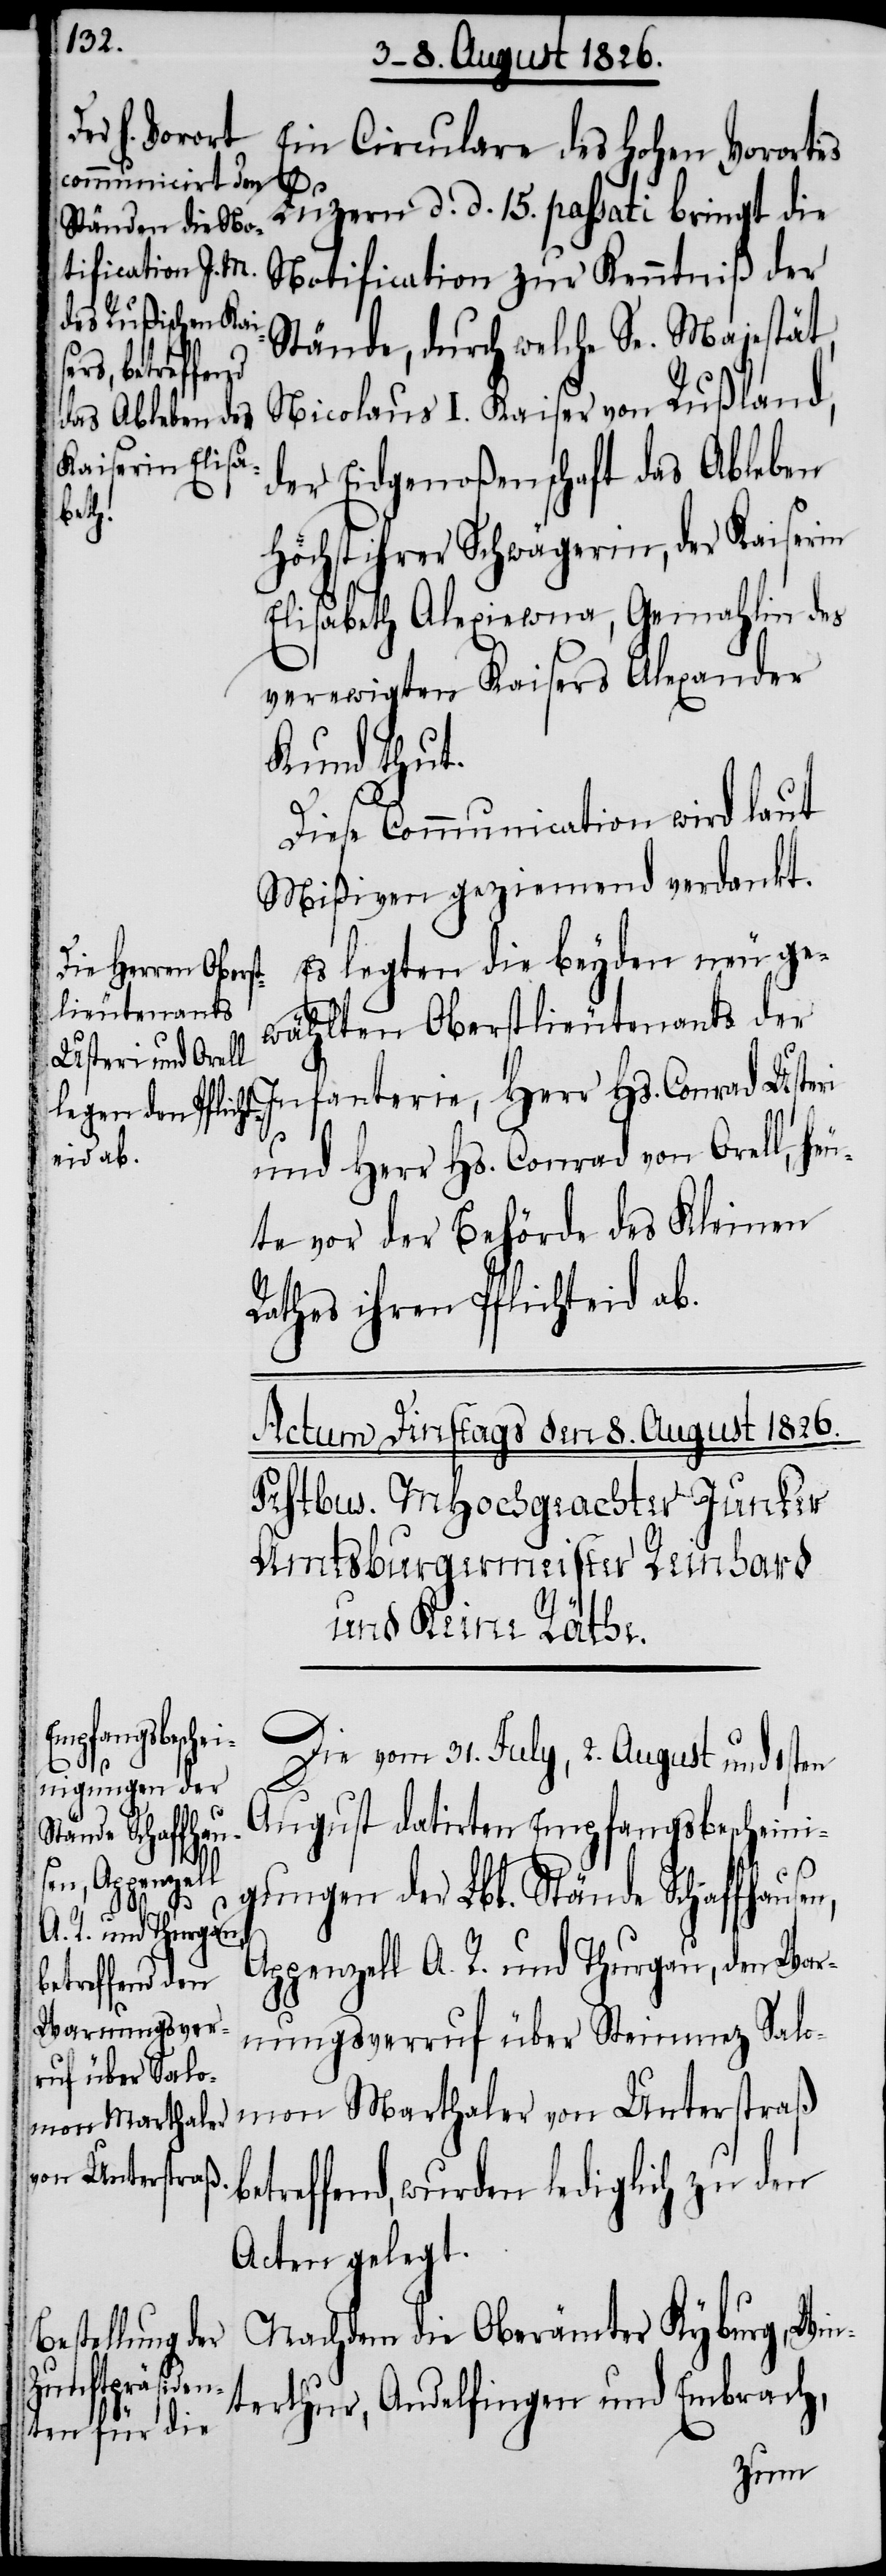
Ein Circulare des hohen Vorortes
be¬
Luzern d. d. 15. passati bringt die
Notification zur Kenntniß der
Stände, durch welche Se. Majestät,
Nicolaus I. Kaiser von Rußland,
der Eidgenoßenschaft das Ableben
Höchst ihrer Schwägerin, der Kaiserin
Elisabeth Alexiewna, Gemahlin des
verewigten Kaisers Alexander
Kund thut.
Diese Communication wird laut
Mißiven geziemend verdankt.
Es legten die beyden neu ge¬
wählten Oberstlieutenants der
und Herr Hs. Conrad von Orell, he¬
ute vor der Behörde des Kleinen
Rathes ihren Pflichteid ab.
Infanterie,
Die vom 31. July, 2. August und 1sten
August datirten Empfangsbescheini¬
mon Marthaler
gungen der Lbl. Stände Schaffhausen,
Appenzell A. R. und Thurgau, den War¬
nungsverruf über Steinmez Salo¬
von Unterstraß
treffend, wurden lediglich zu den
Acten gelegt.
Nachdem die Oberämter Kyburg, Win¬
terthur, Andelfingen und Embrach,